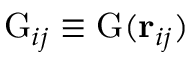
\mathrm { G } _ { i j } \equiv \mathrm { G } ( \mathbf { r } _ { i j } )